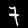
Label: 7